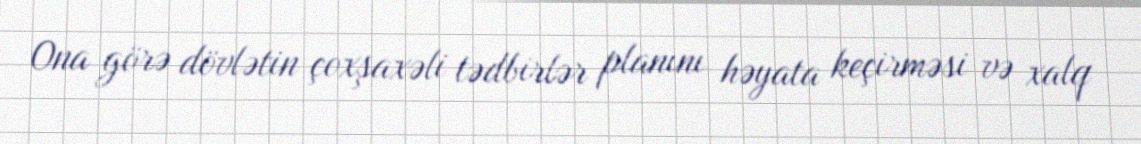
Ona görə dövlətin çoxşaxəli tədbirlər planını həyata keçirməsi və xalq